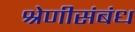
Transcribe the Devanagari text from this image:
श्रेणीसंबंध